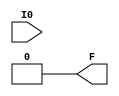
module LUT1(output F, input I0);
	parameter [1:0] INIT = 0;
	assign F = I0 ? INIT[1] : INIT[0];
endmodule

module LUT2(output F, input I0, I1);
	parameter [3:0] INIT = 0;
	wire [ 1: 0] s1 = I1 ? INIT[ 3: 2] : INIT[ 1: 0];
	assign F = I0 ? s1[1] : s1[0];
endmodule

module LUT3(output F, input I0, I1, I2);
	parameter [7:0] INIT = 0;
	wire [ 3: 0] s2 = I2 ? INIT[ 7: 4] : INIT[ 3: 0];
	wire [ 1: 0] s1 = I1 ?   s2[ 3: 2] :   s2[ 1: 0];
	assign F = I0 ? s1[1] : s1[0];
endmodule

module LUT4(output F, input I0, I1, I2, I3);
	parameter [15:0] INIT = 0;
	wire [ 7: 0] s3 = I3 ? INIT[15: 8] : INIT[ 7: 0];
	wire [ 3: 0] s2 = I2 ?   s3[ 7: 4] :   s3[ 3: 0];
	wire [ 1: 0] s1 = I1 ?   s2[ 3: 2] :   s2[ 1: 0];
	assign F = I0 ? s1[1] : s1[0];
endmodule

module MUX2 (O, I0, I1, S0);
  input I0,I1;
  input S0;
  output O;
  assign O = S0 ? I1 : I0;
endmodule

module MUX2_LUT5 (O, I0, I1, S0);
  input I0,I1;
  input S0;
  output O;
  MUX2 mux2_lut5 (O, I0, I1, S0);
endmodule

module MUX2_LUT6 (O, I0, I1, S0);
  input I0,I1;
  input S0;
  output O;
  MUX2 mux2_lut6 (O, I0, I1, S0);
endmodule

module MUX2_LUT7 (O, I0, I1, S0);
  input I0,I1;
  input S0;
  output O;
  MUX2 mux2_lut7 (O, I0, I1, S0);
endmodule

module MUX2_LUT8 (O, I0, I1, S0);
  input I0,I1;
  input S0;
  output O;
  MUX2 mux2_lut8 (O, I0, I1, S0);
endmodule

module DFF (output reg Q, input CLK, D);
	parameter [0:0] INIT = 1'b0;
	initial Q = INIT;
	always @(posedge CLK)
		Q <= D;
endmodule

module DFFE (output reg Q, input D, CLK, CE);
  parameter [0:0] INIT = 1'b0;
  initial Q = INIT;
  always @(posedge CLK) begin
    if (CE)
      Q <= D;
  end
endmodule // DFFE (positive clock edge; clock enable)


module DFFS (output reg Q, input D, CLK, SET);
  parameter [0:0] INIT = 1'b0;
  initial Q = INIT;
  always @(posedge CLK) begin
    if (SET)
      Q <= 1'b1;
    else
      Q <= D;	
  end
endmodule // DFFS (positive clock edge; synchronous set)


module DFFSE (output reg Q, input D, CLK, CE, SET);
  parameter [0:0] INIT = 1'b0;
  initial Q = INIT;
  always @(posedge CLK) begin
    if (SET)
      Q <= 1'b1;
    else if (CE)
      Q <= D;
end
endmodule // DFFSE (positive clock edge; synchronous set takes precedence over clock enable)


module DFFR (output reg Q, input D, CLK, RESET);
  parameter [0:0] INIT = 1'b0;
  initial Q = INIT;
  always @(posedge CLK) begin
    if (RESET)
      Q <= 1'b0;
    else
      Q <= D;
  end
endmodule // DFFR (positive clock edge; synchronous reset)


module DFFRE (output reg Q, input D, CLK, CE, RESET);
  parameter [0:0] INIT = 1'b0;
  initial Q = INIT;
  always @(posedge CLK) begin
    if (RESET)
      Q <= 1'b0;
    else if (CE)
      Q <= D;
  end
endmodule // DFFRE (positive clock edge; synchronous reset takes precedence over clock enable)


module DFFP (output reg Q, input D, CLK, PRESET);
  parameter [0:0] INIT = 1'b0;
  initial Q = INIT;
  always @(posedge CLK or posedge PRESET) begin
    if(PRESET)
      Q <= 1'b1;
    else
      Q <= D;
  end
endmodule // DFFP (positive clock edge; asynchronous preset)


module DFFPE (output reg Q, input D, CLK, CE, PRESET);
  parameter [0:0] INIT = 1'b0;
  initial Q = INIT;
  always @(posedge CLK or posedge PRESET) begin
    if(PRESET)
      Q <= 1'b1;
    else if (CE)
      Q <= D;
  end
endmodule // DFFPE (positive clock edge; asynchronous preset; clock enable)


module DFFC (output reg Q, input D, CLK, CLEAR);
  parameter [0:0] INIT = 1'b0;
  initial Q = INIT;
  always @(posedge CLK or posedge CLEAR) begin
    if(CLEAR)
      Q <= 1'b0;
    else
      Q <= D;
  end
endmodule // DFFC (positive clock edge; asynchronous clear)


module DFFCE (output reg Q, input D, CLK, CE, CLEAR);
  parameter [0:0] INIT = 1'b0;
  initial Q = INIT;
  always @(posedge CLK or posedge CLEAR) begin
    if(CLEAR)
      Q <= 1'b0;
    else if (CE)
      Q <= D;
  end
endmodule // DFFCE (positive clock edge; asynchronous clear; clock enable)


module DFFN (output reg Q, input CLK, D);
	parameter [0:0] INIT = 1'b0;
	initial Q = INIT;
	always @(negedge CLK)
		Q <= D;
endmodule

module DFFNE (output reg Q, input D, CLK, CE);
  parameter [0:0] INIT = 1'b0;
  initial Q = INIT;
  always @(negedge CLK) begin
    if (CE)
      Q <= D;
  end
endmodule // DFFNE (negative clock edge; clock enable)


module DFFNS (output reg Q, input D, CLK, SET);
  parameter [0:0] INIT = 1'b0;
  initial Q = INIT;
  always @(negedge CLK) begin
    if (SET)
      Q <= 1'b1;
    else
      Q <= D;	
  end
endmodule // DFFNS (negative clock edge; synchronous set)


module DFFNSE (output reg Q, input D, CLK, CE, SET);
  parameter [0:0] INIT = 1'b0;
  initial Q = INIT;
  always @(negedge CLK) begin
    if (SET)
      Q <= 1'b1;
    else if (CE)
      Q <= D;
end
endmodule // DFFNSE (negative clock edge; synchronous set takes precedence over clock enable)


module DFFNR (output reg Q, input D, CLK, RESET);
  parameter [0:0] INIT = 1'b0;
  initial Q = INIT;
  always @(negedge CLK) begin
    if (RESET)
      Q <= 1'b0;
    else
      Q <= D;
  end
endmodule // DFFNR (negative clock edge; synchronous reset)


module DFFNRE (output reg Q, input D, CLK, CE, RESET);
  parameter [0:0] INIT = 1'b0;
  initial Q = INIT;
  always @(negedge CLK) begin
    if (RESET)
      Q <= 1'b0;
    else if (CE)
      Q <= D;
  end
endmodule // DFFNRE (negative clock edge; synchronous reset takes precedence over clock enable)


module DFFNP (output reg Q, input D, CLK, PRESET);
  parameter [0:0] INIT = 1'b0;
  initial Q = INIT;
  always @(negedge CLK or posedge PRESET) begin
    if(PRESET)
      Q <= 1'b1;
    else
      Q <= D;
  end
endmodule // DFFNP (negative clock edge; asynchronous preset)


module DFFNPE (output reg Q, input D, CLK, CE, PRESET);
  parameter [0:0] INIT = 1'b0;
  initial Q = INIT;
  always @(negedge CLK or posedge PRESET) begin
    if(PRESET)
      Q <= 1'b1;
    else if (CE)
      Q <= D;
  end
endmodule // DFFNPE (negative clock edge; asynchronous preset; clock enable)


module DFFNC (output reg Q, input D, CLK, CLEAR);
  parameter [0:0] INIT = 1'b0;
  initial Q = INIT;
  always @(negedge CLK or posedge CLEAR) begin
    if(CLEAR)
      Q <= 1'b0;
    else
      Q <= D;
  end
endmodule // DFFNC (negative clock edge; asynchronous clear)


module DFFNCE (output reg Q, input D, CLK, CE, CLEAR);
  parameter [0:0] INIT = 1'b0;
  initial Q = INIT;
  always @(negedge CLK or posedge CLEAR) begin
    if(CLEAR)
      Q <= 1'b0;
    else if (CE)
      Q <= D;
  end
endmodule // DFFNCE (negative clock edge; asynchronous clear; clock enable)

// TODO add more DFF sim cells

module VCC(output V);
	assign V = 1;
endmodule

module GND(output G);
	assign G = 0;
endmodule

module IBUF(output O, input I);
	assign O = I;
endmodule

module OBUF(output O, input I);
	assign O = I;
endmodule

module TBUF (O, I, OEN);
  input I, OEN;
  output O;
  assign O = OEN ? I : 1'bz;
endmodule

module IOBUF (O, IO, I, OEN);
  input I,OEN;
  output O;
  inout IO;
  assign IO = OEN ? I : 1'bz;
  assign I = IO;
endmodule

module GSR (input GSRI);
	wire GSRO = GSRI;
endmodule

module ALU (SUM, COUT, I0, I1, I3, CIN);

input I0;
input I1;
input I3;
input CIN;
output SUM;
output COUT;

localparam ADD = 0;
localparam SUB = 1;
localparam ADDSUB = 2;
localparam NE = 3;
localparam GE = 4;
localparam LE = 5;
localparam CUP = 6;
localparam CDN = 7;
localparam CUPCDN = 8;
localparam MULT = 9;

parameter ALU_MODE = 0;

reg S, C;

assign SUM = S ^ CIN;
assign COUT = S? CIN : C;

always @* begin
	case (ALU_MODE)
		ADD: begin
			S = I0 ^ I1;
			C = I0;
		end
		SUB: begin
			S = I0 ^ ~I1;
			C = I0;
		end
		ADDSUB: begin
			S = I3? I0 ^ I1 : I0 ^ ~I1;
			C = I0;
		end
		NE: begin
			S = I0 ^ ~I1;
			C = 1'b1;
		end
		GE: begin
			S = I0 ^ ~I1;
			C = I0;
		end
		LE: begin
			S = ~I0 ^ I1;
			C = I1;
		end
		CUP: begin
			S = I0;
			C = 1'b0;
		end
		CDN: begin
			S = ~I0;
			C = 1'b1;
		end
		CUPCDN: begin
			S = I3? I0 : ~I0;
			C = I0;
		end
		MULT: begin
			S = I0 & I1;
			C = I0 & I1;
		end
	endcase
end

endmodule


module RAM16S4 (DO, DI, AD, WRE, CLK);
   parameter WIDTH  = 4;
   parameter INIT_0 = 16'h0000;
   parameter INIT_1 = 16'h0000;
   parameter INIT_2 = 16'h0000;
   parameter INIT_3 = 16'h0000;
   
   input  [WIDTH-1:0] AD;
   input  [WIDTH-1:0] DI;
   output [WIDTH-1:0] DO;
   input 	      CLK;
   input 	      WRE;

   reg [15:0] 	    mem0, mem1, mem2, mem3;
   
   initial begin
      mem0 = INIT_0;
      mem1 = INIT_1;
      mem2 = INIT_2;
      mem3 = INIT_3;	
   end
   
   assign	DO[0] = mem0[AD];
   assign	DO[1] = mem1[AD];
   assign	DO[2] = mem2[AD];
   assign	DO[3] = mem3[AD];
   
   always @(posedge CLK) begin
      if (WRE) begin
	 mem0[AD] <= DI[0];
	 mem1[AD] <= DI[1];
	 mem2[AD] <= DI[2];
	 mem3[AD] <= DI[3];
      end
   end
   
endmodule // RAM16S4


(* blackbox *)
module SDP (DO, DI, BLKSEL, ADA, ADB, WREA, WREB, CLKA, CLKB, CEA, CEB, OCE, RESETA, RESETB);
//1'b0: Bypass mode; 1'b1 Pipeline mode
parameter READ_MODE = 1'b0;
parameter BIT_WIDTH_0 = 32; // 1, 2, 4, 8, 16, 32
parameter BIT_WIDTH_1 = 32; // 1, 2, 4, 8, 16, 32
parameter BLK_SEL = 3'b000;
parameter RESET_MODE = "SYNC";
parameter INIT_RAM_00 = 256'h0000000000000000000000000000000000000000000000000000000000000000;
parameter INIT_RAM_01 = 256'h0000000000000000000000000000000000000000000000000000000000000000;
parameter INIT_RAM_02 = 256'h0000000000000000000000000000000000000000000000000000000000000000;
parameter INIT_RAM_03 = 256'h0000000000000000000000000000000000000000000000000000000000000000;
parameter INIT_RAM_04 = 256'h0000000000000000000000000000000000000000000000000000000000000000;
parameter INIT_RAM_05 = 256'h0000000000000000000000000000000000000000000000000000000000000000;
parameter INIT_RAM_06 = 256'h0000000000000000000000000000000000000000000000000000000000000000;
parameter INIT_RAM_07 = 256'h0000000000000000000000000000000000000000000000000000000000000000;
parameter INIT_RAM_08 = 256'h0000000000000000000000000000000000000000000000000000000000000000;
parameter INIT_RAM_09 = 256'h0000000000000000000000000000000000000000000000000000000000000000;
parameter INIT_RAM_0A = 256'h0000000000000000000000000000000000000000000000000000000000000000;
parameter INIT_RAM_0B = 256'h0000000000000000000000000000000000000000000000000000000000000000;
parameter INIT_RAM_0C = 256'h0000000000000000000000000000000000000000000000000000000000000000;
parameter INIT_RAM_0D = 256'h0000000000000000000000000000000000000000000000000000000000000000;
parameter INIT_RAM_0E = 256'h0000000000000000000000000000000000000000000000000000000000000000;
parameter INIT_RAM_0F = 256'h0000000000000000000000000000000000000000000000000000000000000000;
parameter INIT_RAM_10 = 256'h0000000000000000000000000000000000000000000000000000000000000000;
parameter INIT_RAM_11 = 256'h0000000000000000000000000000000000000000000000000000000000000000;
parameter INIT_RAM_12 = 256'h0000000000000000000000000000000000000000000000000000000000000000;
parameter INIT_RAM_13 = 256'h0000000000000000000000000000000000000000000000000000000000000000;
parameter INIT_RAM_14 = 256'h0000000000000000000000000000000000000000000000000000000000000000;
parameter INIT_RAM_15 = 256'h0000000000000000000000000000000000000000000000000000000000000000;
parameter INIT_RAM_16 = 256'h0000000000000000000000000000000000000000000000000000000000000000;
parameter INIT_RAM_17 = 256'h0000000000000000000000000000000000000000000000000000000000000000;
parameter INIT_RAM_18 = 256'h0000000000000000000000000000000000000000000000000000000000000000;
parameter INIT_RAM_19 = 256'h0000000000000000000000000000000000000000000000000000000000000000;
parameter INIT_RAM_1A = 256'h0000000000000000000000000000000000000000000000000000000000000000;
parameter INIT_RAM_1B = 256'h0000000000000000000000000000000000000000000000000000000000000000;
parameter INIT_RAM_1C = 256'h0000000000000000000000000000000000000000000000000000000000000000;
parameter INIT_RAM_1D = 256'h0000000000000000000000000000000000000000000000000000000000000000;
parameter INIT_RAM_1E = 256'h0000000000000000000000000000000000000000000000000000000000000000;
parameter INIT_RAM_1F = 256'h0000000000000000000000000000000000000000000000000000000000000000;
parameter INIT_RAM_20 = 256'h0000000000000000000000000000000000000000000000000000000000000000;
parameter INIT_RAM_21 = 256'h0000000000000000000000000000000000000000000000000000000000000000;
parameter INIT_RAM_22 = 256'h0000000000000000000000000000000000000000000000000000000000000000;
parameter INIT_RAM_23 = 256'h0000000000000000000000000000000000000000000000000000000000000000;
parameter INIT_RAM_24 = 256'h0000000000000000000000000000000000000000000000000000000000000000;
parameter INIT_RAM_25 = 256'h0000000000000000000000000000000000000000000000000000000000000000;
parameter INIT_RAM_26 = 256'h0000000000000000000000000000000000000000000000000000000000000000;
parameter INIT_RAM_27 = 256'h0000000000000000000000000000000000000000000000000000000000000000;
parameter INIT_RAM_28 = 256'h0000000000000000000000000000000000000000000000000000000000000000;
parameter INIT_RAM_29 = 256'h0000000000000000000000000000000000000000000000000000000000000000;
parameter INIT_RAM_2A = 256'h0000000000000000000000000000000000000000000000000000000000000000;
parameter INIT_RAM_2B = 256'h0000000000000000000000000000000000000000000000000000000000000000;
parameter INIT_RAM_2C = 256'h0000000000000000000000000000000000000000000000000000000000000000;
parameter INIT_RAM_2D = 256'h0000000000000000000000000000000000000000000000000000000000000000;
parameter INIT_RAM_2E = 256'h0000000000000000000000000000000000000000000000000000000000000000;
parameter INIT_RAM_2F = 256'h0000000000000000000000000000000000000000000000000000000000000000;
parameter INIT_RAM_30 = 256'h0000000000000000000000000000000000000000000000000000000000000000;
parameter INIT_RAM_31 = 256'h0000000000000000000000000000000000000000000000000000000000000000;
parameter INIT_RAM_32 = 256'h0000000000000000000000000000000000000000000000000000000000000000;
parameter INIT_RAM_33 = 256'h0000000000000000000000000000000000000000000000000000000000000000;
parameter INIT_RAM_34 = 256'h0000000000000000000000000000000000000000000000000000000000000000;
parameter INIT_RAM_35 = 256'h0000000000000000000000000000000000000000000000000000000000000000;
parameter INIT_RAM_36 = 256'h0000000000000000000000000000000000000000000000000000000000000000;
parameter INIT_RAM_37 = 256'h0000000000000000000000000000000000000000000000000000000000000000;
parameter INIT_RAM_38 = 256'h0000000000000000000000000000000000000000000000000000000000000000;
parameter INIT_RAM_39 = 256'h0000000000000000000000000000000000000000000000000000000000000000;
parameter INIT_RAM_3A = 256'h0000000000000000000000000000000000000000000000000000000000000000;
parameter INIT_RAM_3B = 256'h0000000000000000000000000000000000000000000000000000000000000000;
parameter INIT_RAM_3C = 256'h0000000000000000000000000000000000000000000000000000000000000000;
parameter INIT_RAM_3D = 256'h0000000000000000000000000000000000000000000000000000000000000000;
parameter INIT_RAM_3E = 256'h0000000000000000000000000000000000000000000000000000000000000000;
parameter INIT_RAM_3F = 256'h0000000000000000000000000000000000000000000000000000000000000000;

input CLKA, CEA, CLKB, CEB;
input OCE; // clock enable of memory output register
input RESETA, RESETB; // resets output registers, not memory contents
input WREA, WREB; // 1'b0: read enabled; 1'b1: write enabled
input [13:0] ADA, ADB;
input [31:0] DI;
input [2:0] BLKSEL;
output [31:0] DO;

endmodule